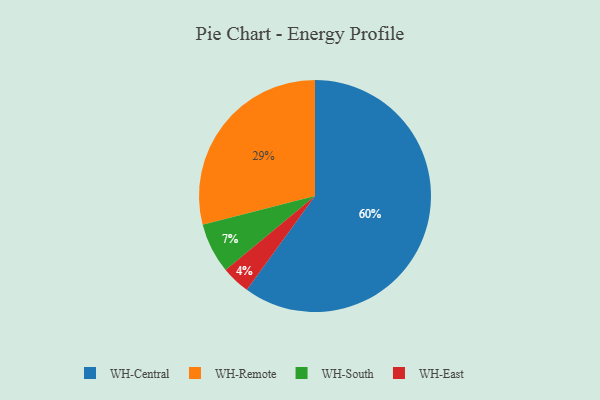
{"axis": {"x": "Category", "y": "Percentage"}, "legend": ["WH-Central", "WH-East", "WH-Remote", "WH-South"], "data": [{"x": "WH-South", "y": 7, "type": "WH-South"}, {"x": "WH-Central", "y": 60, "type": "WH-Central"}, {"x": "WH-Remote", "y": 29, "type": "WH-Remote"}, {"x": "WH-East", "y": 4, "type": "WH-East"}]}